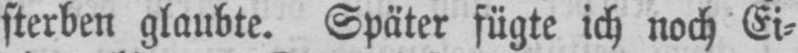
sterben glaubte. Später fügte ich noch Ei⸗